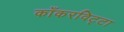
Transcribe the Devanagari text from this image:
काँकरविट्टा